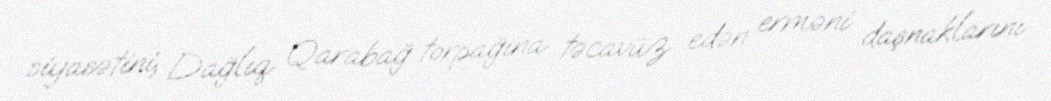
siyasətini, Dağlıq Qarabağ torpağına təcavüz edən erməni daşnaklarını